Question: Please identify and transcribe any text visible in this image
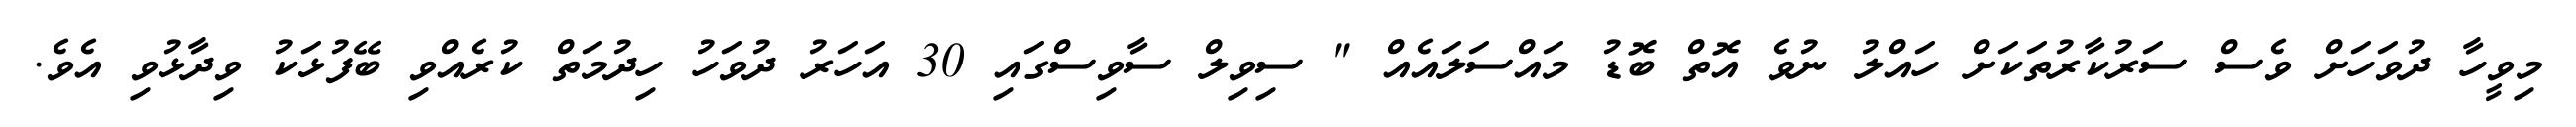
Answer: މިވީހާ ދުވަހަށް ވެސް ސަރުކާރުތަކަށް ހައްލު ނުވެ އޮތް ބޮޑު މައްސަލައެއް " ސިވިލް ސާވިސްގައި 30 އަހަރު ދުވަހު ހިދުމަތް ކުރެއްވި ބޭފުޅަކު ވިދާޅުވި އެވެ.